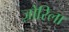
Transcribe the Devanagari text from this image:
ज़ोरिला